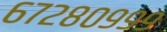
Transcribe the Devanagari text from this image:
६७२८०९९९